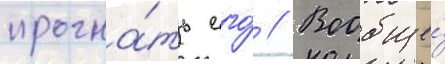
прогна́ть его́ // Вообще́